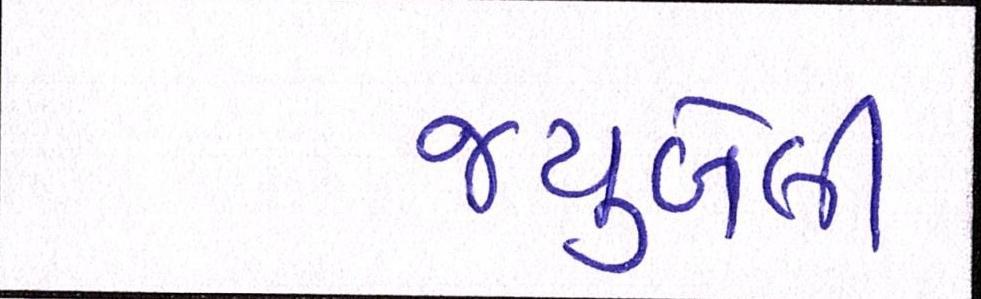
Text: જ્યુબેલી